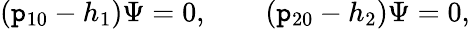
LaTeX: (\mathtt{p}_{10}-h_{1})\Psi=0,\qquad(\mathtt{p}_{20}-h_{2})\Psi=0,